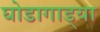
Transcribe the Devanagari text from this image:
घोडागाड्या